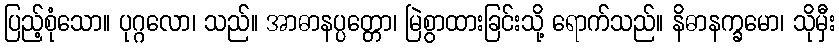
ပြည့်စုံသော။ ပုဂ္ဂလော၊ သည်။ အာဓာနပ္ပတ္တော၊ မြဲစွာထားခြင်းသို့ ရောက်သည်။ နိဓာနက္ခမော၊ သိုမှီး